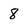
Character: 8